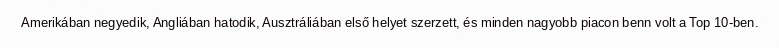
Amerikában negyedik, Angliában hatodik, Ausztráliában első helyet szerzett, és minden nagyobb piacon benn volt a Top 10-ben.